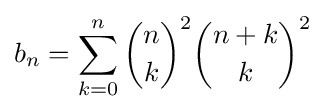
b_{n}=\sum _{k=0}^{n}{\binom {n}{k}}^{2}{\binom {n+k}{k}}^{2}